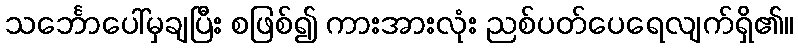
သင်္ဘောပေါ်မှချပြီး စဖြစ်၍ ကားအားလုံး ညစ်ပတ်ပေရေလျက်ရှိ၏။